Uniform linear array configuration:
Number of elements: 16
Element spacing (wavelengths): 0.75
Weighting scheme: kaiser
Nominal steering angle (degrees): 45
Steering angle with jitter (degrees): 46.362
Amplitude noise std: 0.05
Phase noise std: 0.05

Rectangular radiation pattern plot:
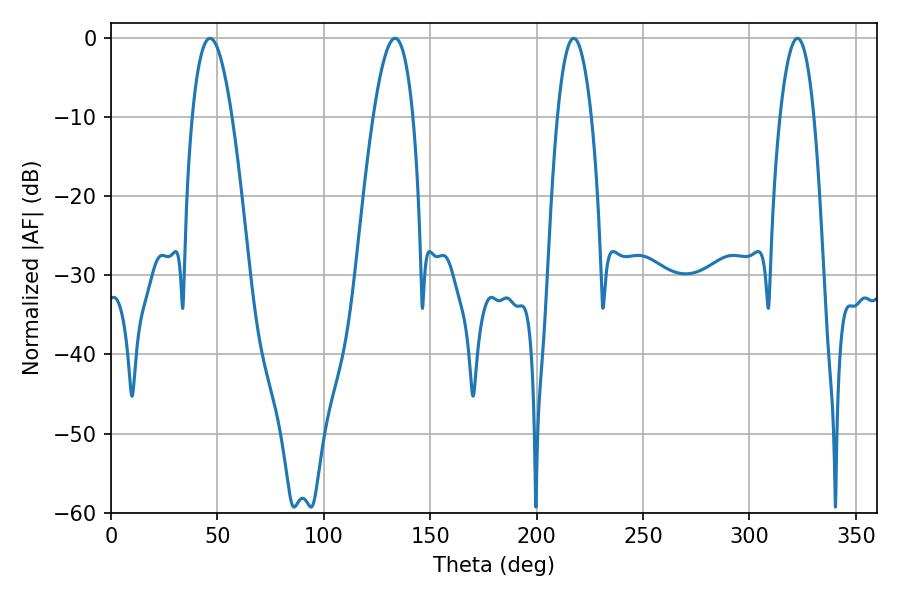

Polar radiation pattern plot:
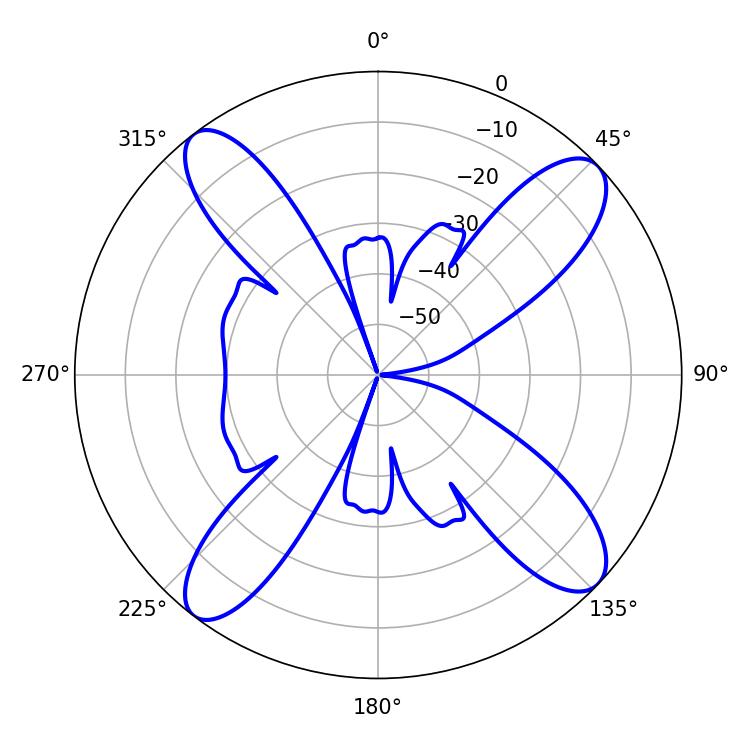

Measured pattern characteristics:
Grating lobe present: TRUE
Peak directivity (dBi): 14.032
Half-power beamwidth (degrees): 8.82
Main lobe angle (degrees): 322.56